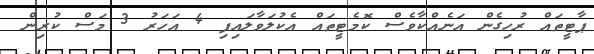
ޕާޓީތައް ރުހިގެން އަނެއްކާވެސް ކޮމެޓީތައް އެކުލަވާލައިފި 4 އަހަރު 3 މަސް ކުރިން